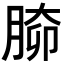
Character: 𦝐